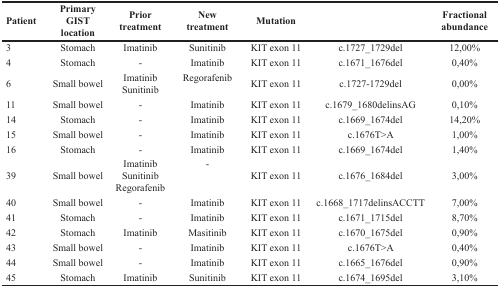
| Patient | Primary GIST location | Priortreatment | Newtreatment | Mutation |  | Fractional abundance |
 | --- | --- | --- | --- | --- | --- | --- |
 | 3 | Stomach | Imatinib | Sunitinib | KIT exon 11 | c.1727_1729del | 12,00% |
 | 4 | Stomach | - | Imatinib | KIT exon 11 | c.1671_1676del | 0,40% |
 | 6 | Small bowel | Imatinib Sunitinib | Regorafenib | KIT exon 11 | c.1727-1729del | 0,00% |
 | 11 | Small bowel | - | Imatinib | KIT exon 11 | c.1679_1680delinsAG | 0,10% |
 | 14 | Stomach | - | Imatinib | KIT exon 11 | c.1669_1674del | 14,20% |
 | 15 | Small bowel | - | Imatinib | KIT exon 11 | c.1676T>A | 1,00% |
 | 16 | Stomach | - | Imatinib | KIT exon 11 | c.1669_1674del | 1,40% |
 | 39 | Small bowel | Imatinib Sunitinib Regorafenib | - | KIT exon 11 | c.1676_1684del | 3,00% |
 | 40 | Small bowel | - | Imatinib | KIT exon 11 | c.1668_1717delinsACCTT | 7,00% |
 | 41 | Stomach | - | Imatinib | KIT exon 11 | c.1671_1715del | 8,70% |
 | 42 | Stomach | Imatinib | Masitinib | KIT exon 11 | c.1670_1675del | 0,90% |
 | 43 | Small bowel | - | Imatinib | KIT exon 11 | c.1676T>A | 0,40% |
 | 44 | Small bowel | - | Imatinib | KIT exon 11 | c.1665_1676del | 0,90% |
 | 45 | Stomach | Imatinib | Sunitinib | KIT exon 11 | c.1674_1695del | 3,10% |